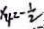
x _ { 4 } = - \frac { 1 } { 2 }